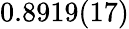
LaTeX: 0.8919(17)